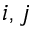
i , j